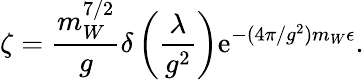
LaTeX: \zeta=\frac{m_{W}^{7/2}}{g}\delta\left(\frac{\lambda}{g^{2}}\right)\mathrm{e}^{-(4\pi/g^{2})m_{W}\epsilon}.